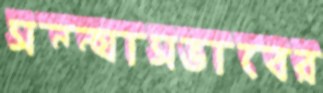
সন্ন্যাসভাবের